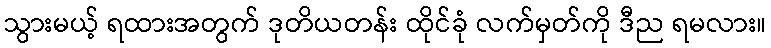
သွားမယ့် ရထားအတွက် ဒုတိယတန်း ထိုင်ခုံ လက်မှတ်ကို ဒီည ရမလား။